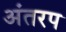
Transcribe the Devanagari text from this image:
अंतरप